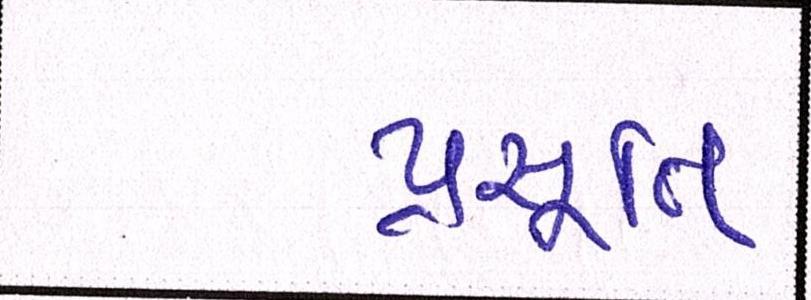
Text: પ્રસૂતિ